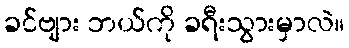
ခင်ဗျား ဘယ်ကို ခရီးသွားမှာလဲ။